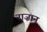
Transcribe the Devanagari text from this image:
नाज़ान